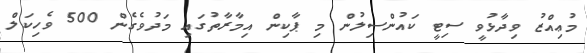
މުޢިއްޒު ވިދާޅުވީ ސިޓީ ކައުންސިލުން މި ޕާކިން އިމާރާތުގައި މަދުވެގެން 500 ވެހިކަލް